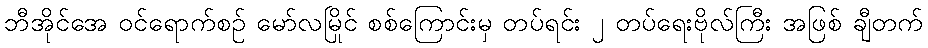
ဘီအိုင်အေ ဝင်ရောက်စဉ် မော်လမြိုင် စစ်ကြောင်းမှ တပ်ရင်း ၂ တပ်ရေးဗိုလ်ကြီး အဖြစ် ချီတက်